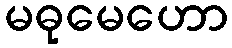
မဓုမေဟော